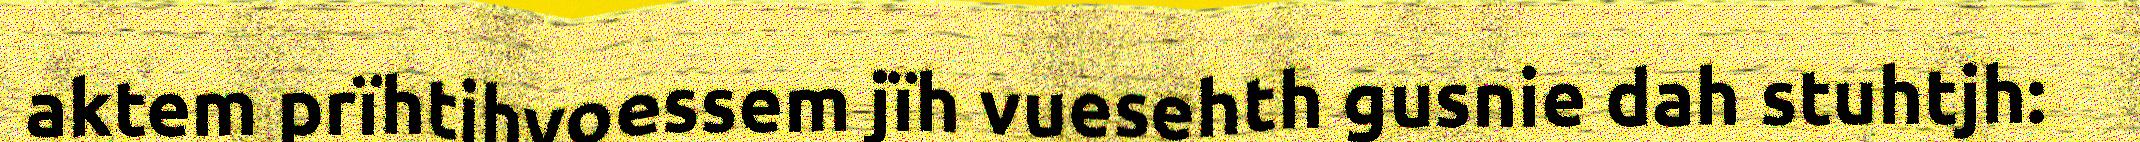
aktem prïhtjhvoessem jïh vuesehth gusnie dah stuhtjh: